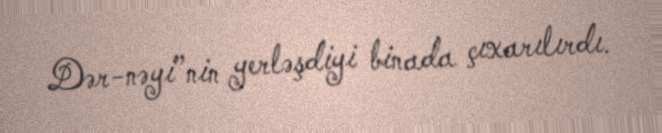
Dər­nəyi”nin yerləşdiyi binada çıxarılırdı.